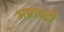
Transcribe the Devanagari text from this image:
अष्टापदीं